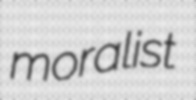
moralist